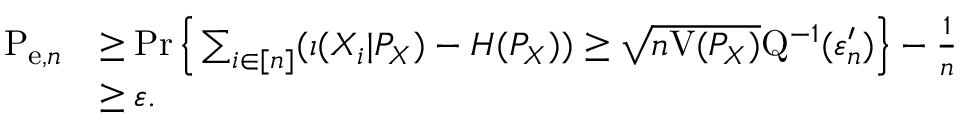
\begin{array} { r l } { \mathrm { P } _ { \mathrm { e } , n } } & { \geq \operatorname* { P r } \Big \{ \sum _ { i \in [ n ] } ( \imath ( X _ { i } | P _ { X } ) - H ( P _ { X } ) ) \geq \sqrt { n \mathrm { V } ( P _ { X } ) } \mathrm { Q } ^ { - 1 } ( \varepsilon _ { n } ^ { \prime } ) \Big \} - \frac { 1 } { n } } \\ & { \geq \varepsilon . } \end{array}